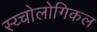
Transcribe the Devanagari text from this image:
स्य्चोलोगिकल